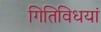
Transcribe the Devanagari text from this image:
गितिविधयां